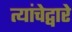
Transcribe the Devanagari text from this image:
त्यांचेद्वारे